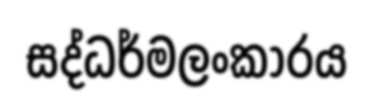
සද්ධර්මලංකාරය